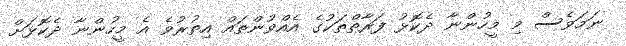
ނަމަވެސް މި މީހުންނާ ދެކޮޅު ފަރާތްތަކުގެ އެއްވުންތައް އިތުރުވެ އެ މީހުންނާ ދެކޮޅަށް